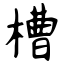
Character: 槽